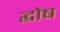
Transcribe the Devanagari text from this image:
द्घोष